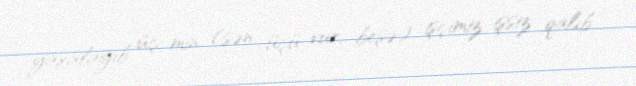
yaxalayıb üç min (sən üçü vur, beşə) işçimiz işsiz qalıb.